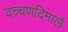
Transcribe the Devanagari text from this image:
वच्चणंदिमालै